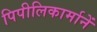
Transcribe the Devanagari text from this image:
पिपीलिकार्मानें